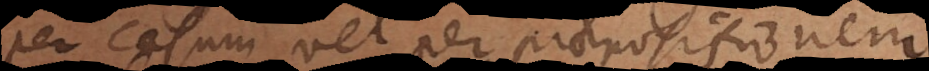
per casum vel per praepositionem